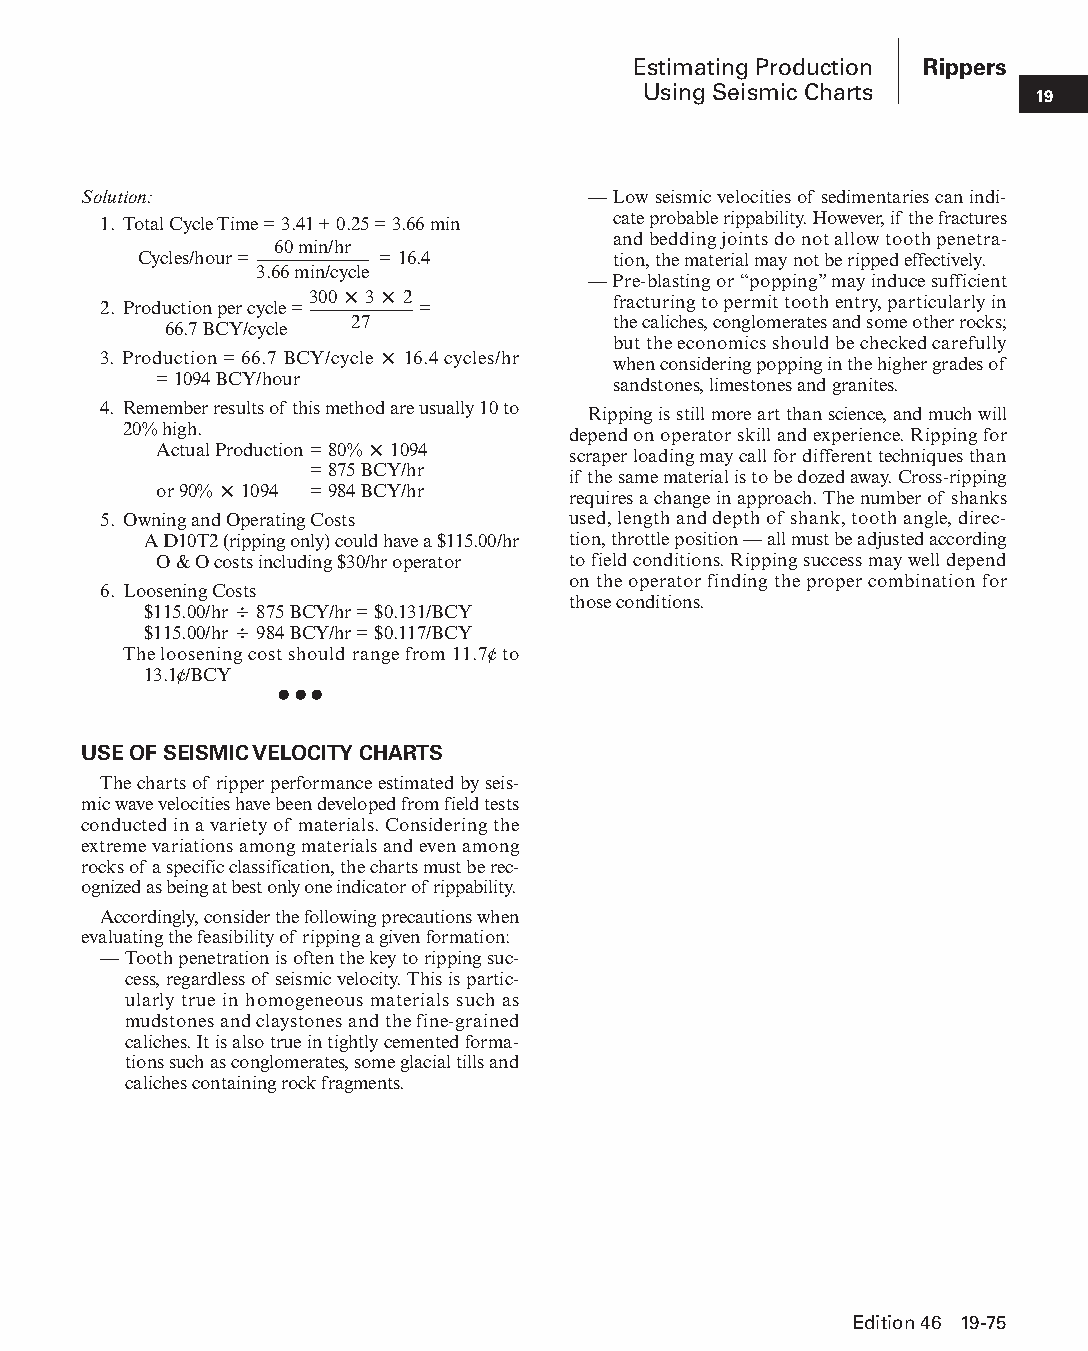
Estimating Production Rippers
 Using Seismic Charts
 19
 Solution:                        — Low seismic velocities of sedimentaries can indi-
 cate probable rippability. However, if the fractures
 1. Total Cycle Time = 3.41 + 0.25 = 3.66 min
 and bedding joints do not allow tooth penetra-
 60 min/hr
 Cycles/hour =    = 16.4         tion, the material may not be ripped effectively.
 3.66 min/cycle
 — Pre-blasting or “popping” may induce sufficient
 300 × 3 × 2         fracturing to permit tooth entry, particularly in
 2. Production per cycle = =
 66.7 BCY/cycle 27             the caliches, conglomerates and some other rocks;
 but the economics should be checked carefully
 3. Production = 66.7 BCY/cycle × 16.4 cycles/hr when considering popping in the higher grades of
 = 1094 BCY/hour               sandstones, limestones and granites.
 4. Remember results of this method are usually 10 to Ripping is still more art than science, and much will
 20% high.                    depend on operator skill and experience. Ripping for
 Actual Production = 80% × 1094 scraper loading may call for different techniques than
 = 875 BCY/hr     if the same material is to be dozed away. Cross-ripping
 or 90% × 1094 = 984 BCY/hr requires a change in approach. The number of shanks
 5. Owning and Operating Costs  used, length and depth of shank, tooth angle, direc-
 A D10T2 (ripping only) could have a $115.00/hr tion, throttle position — all must be adjusted according
 O & O costs including $30/hr operator to field conditions. Ripping success may well depend
 on the operator finding the proper combination for
 6. Loosening Costs
 $115.00/hr ÷ 875 BCY/hr = $0.131/BCY those conditions.
 $115.00/hr ÷ 984 BCY/hr = $0.117/BCY
 The loosening cost should range from 11.7¢ to
 13.1¢/BCY
 ● ● ●
 USE OF SEISMIC VELOCITY CHARTS
 The charts of ripper performance estimated by seis-
 mic wave velocities have been developed from field tests
 conducted in a variety of materials. Con sidering the
 extreme variations among materials and even among
 rocks of a specific classification, the charts must be rec-
 ognized as being at best only one indicator of rippability.
 Accordingly, consider the following precautions when
 evaluating the feasibility of ripping a given formation:
 — Tooth penetration is often the key to ripping suc-
 cess, regardless of seismic velocity. This is partic-
 u larly true in homogeneous materials such as
 mudstones and claystones and the fine-grained
 caliches. It is also true in tightly cemented forma-
 tions such as conglomerates, some glacial tills and
 caliches containing rock fragments.
 Edition 46 19-75
 PPHHBB--SSeecc1199--TTTTTT--44--RRiippppeerrss((ppgg5599--8822))..iinndddd 7755 1122//44//1155 1111::0000 AAMM